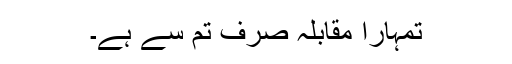
تمہارا مقابلہ صرف تم سے ہے۔